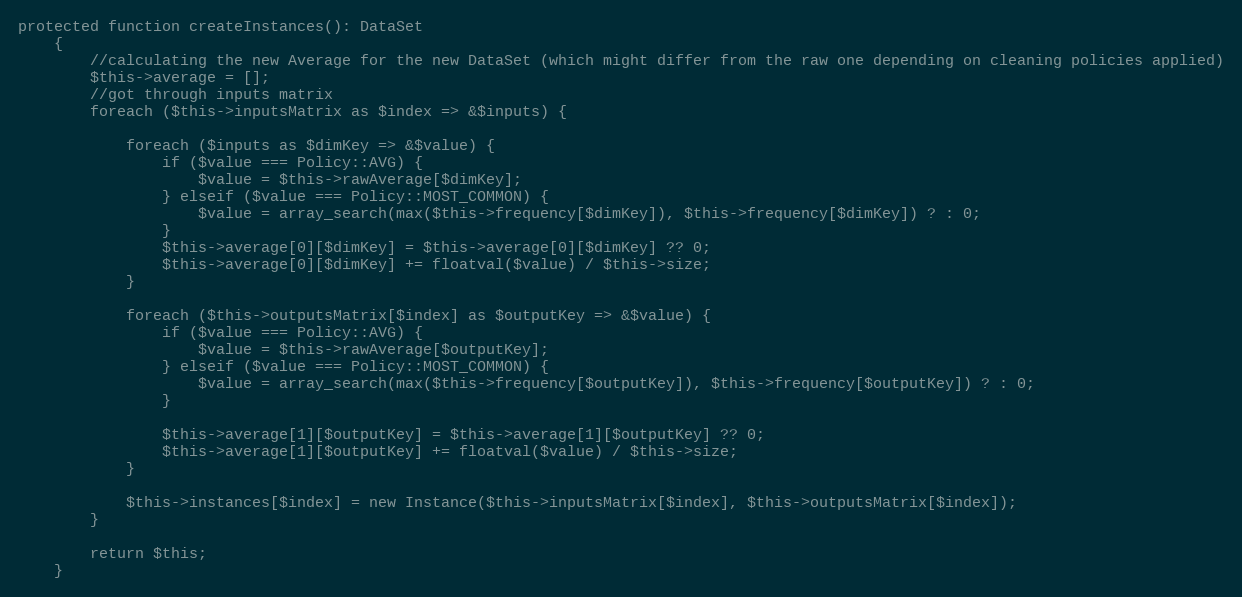
Language: PHP
protected function createInstances(): DataSet
    {
        //calculating the new Average for the new DataSet (which might differ from the raw one depending on cleaning policies applied)
        $this->average = [];
        //got through inputs matrix
        foreach ($this->inputsMatrix as $index => &$inputs) {

            foreach ($inputs as $dimKey => &$value) {
                if ($value === Policy::AVG) {
                    $value = $this->rawAverage[$dimKey];
                } elseif ($value === Policy::MOST_COMMON) {
                    $value = array_search(max($this->frequency[$dimKey]), $this->frequency[$dimKey]) ? : 0;
                }
                $this->average[0][$dimKey] = $this->average[0][$dimKey] ?? 0;
                $this->average[0][$dimKey] += floatval($value) / $this->size;
            }

            foreach ($this->outputsMatrix[$index] as $outputKey => &$value) {
                if ($value === Policy::AVG) {
                    $value = $this->rawAverage[$outputKey];
                } elseif ($value === Policy::MOST_COMMON) {
                    $value = array_search(max($this->frequency[$outputKey]), $this->frequency[$outputKey]) ? : 0;
                }

                $this->average[1][$outputKey] = $this->average[1][$outputKey] ?? 0;
                $this->average[1][$outputKey] += floatval($value) / $this->size;
            }

            $this->instances[$index] = new Instance($this->inputsMatrix[$index], $this->outputsMatrix[$index]);
        }

        return $this;
    }